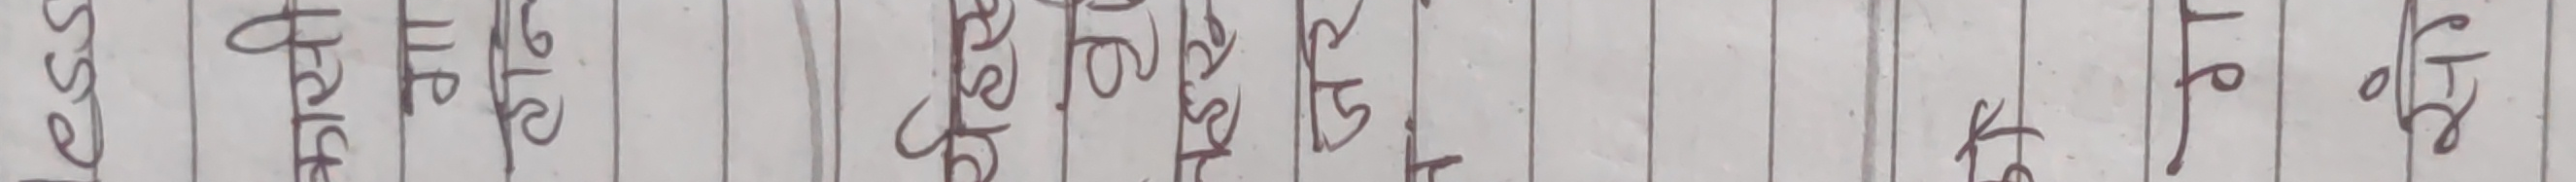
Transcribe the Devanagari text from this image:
आस्ने गरिक दाखिला गर्ने र सम्बन्धमा जानकारी गर्नु भएको छैन